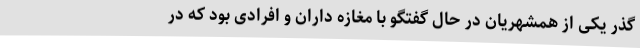
گذر یکی از همشهریان در حال گفتگو با مغازه داران و افرادی بود که در